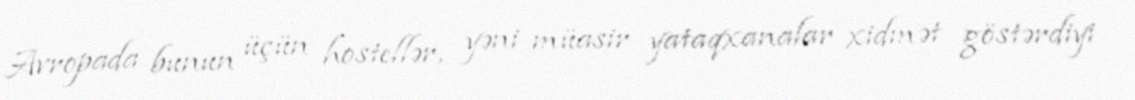
Avropada bunun üçün hostellər, yəni müasir yataqxanalar xidmət göstərdiyi